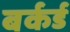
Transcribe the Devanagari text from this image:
बर्कर्ड